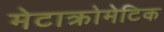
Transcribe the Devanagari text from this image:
मेटाक्रोमेटिक